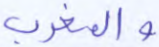
والمغرب